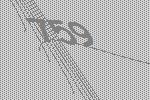
759